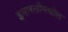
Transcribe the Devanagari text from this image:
इमारतींमधील